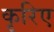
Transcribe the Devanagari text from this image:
कृरिए